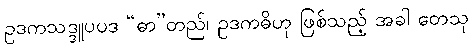
ဥဒကသဒ္ဒူပပဒ “ဓာ”တည်၊ ဥဒကဓိဟု ဖြစ်သည့် အခါ တေသု